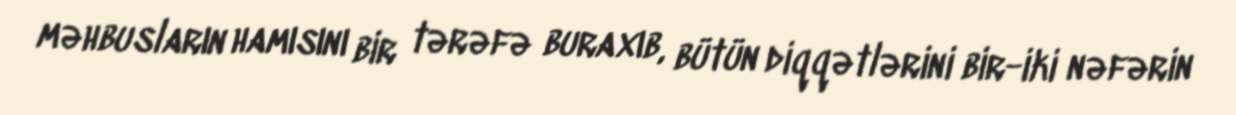
məhbusların hamısını bir tərəfə buraxıb, bütün diqqətlərini bir-iki nəfərin